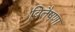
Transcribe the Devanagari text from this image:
वितैषणा